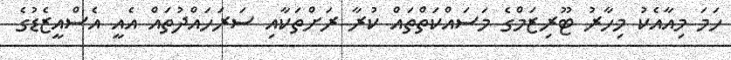
ހަމަ މިއާއެކު މިހާރު ޓޫރިޒަމްގެ މަސައްކަތްތައް ކުރާ ރަށްތަކާއި ސަރަހައްދުތައް އެއީ އެސްއީޒެޑުގެ